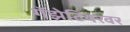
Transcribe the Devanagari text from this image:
गॅझेटियरवर